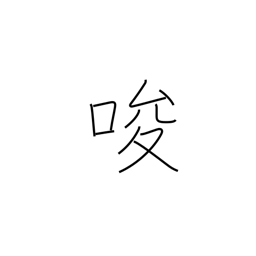
Meaning: tempt